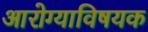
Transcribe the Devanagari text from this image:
आरोग्याविषयक